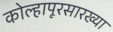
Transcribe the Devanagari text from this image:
कोल्हापूरसारख्या